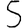
Digit: 5